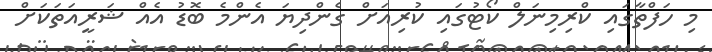
މި ހަފްތާގައި ކްރިމިނަލް ކޯޓުގައި ކުރިއަށް ގެންދިޔަ އެންމެ ބޮޑު އެއް ޝަރީއަތަކަށް